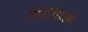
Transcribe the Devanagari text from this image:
सिरेपियम